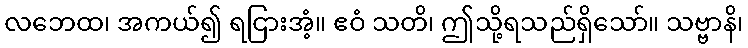
လဘေထ၊ အကယ်၍ ရငြားအံ့။ ဧဝံ သတိ၊ ဤသို့ရသည်ရှိသော်။ သဗ္ဗာနိ၊